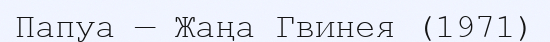
Папуа — Жаңа Гвинея (1971)